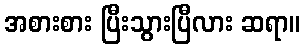
အစားစား ပြီးသွားပြီလား ဆရာ။